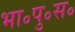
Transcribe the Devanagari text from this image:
भा॰पु॰स॰